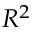
R ^ { 2 }